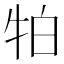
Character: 𭷛